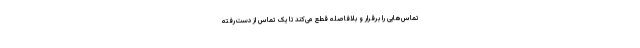
تماس‌هایی را برقرار و بلافاصله قطع می‌کند تا یک تماس از دست‌رفته